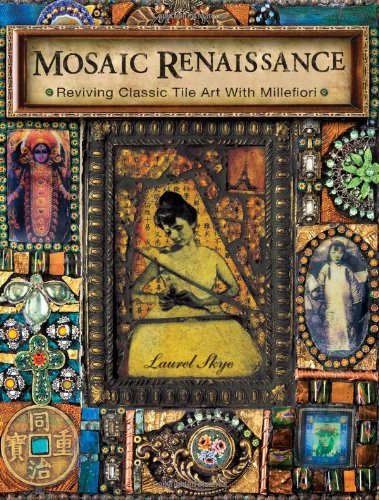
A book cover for Mosaic Renaissance: Millefiori in Mosaics; Laurel Skye; Crafts, Hobbies & Home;